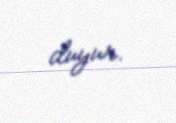
duyur.